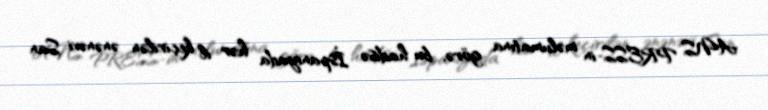
ANS PRESS-in məlumatına görə, bu hadisə İspaniyada hər il keçirilən ənənəvi San